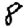
Digit: 8